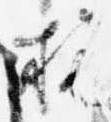
柄